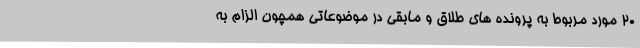
20 مورد مربوط به پرونده های طلاق و مابقی در موضوعاتی همچون الزام به